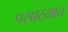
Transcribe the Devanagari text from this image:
पसाऱ्यात